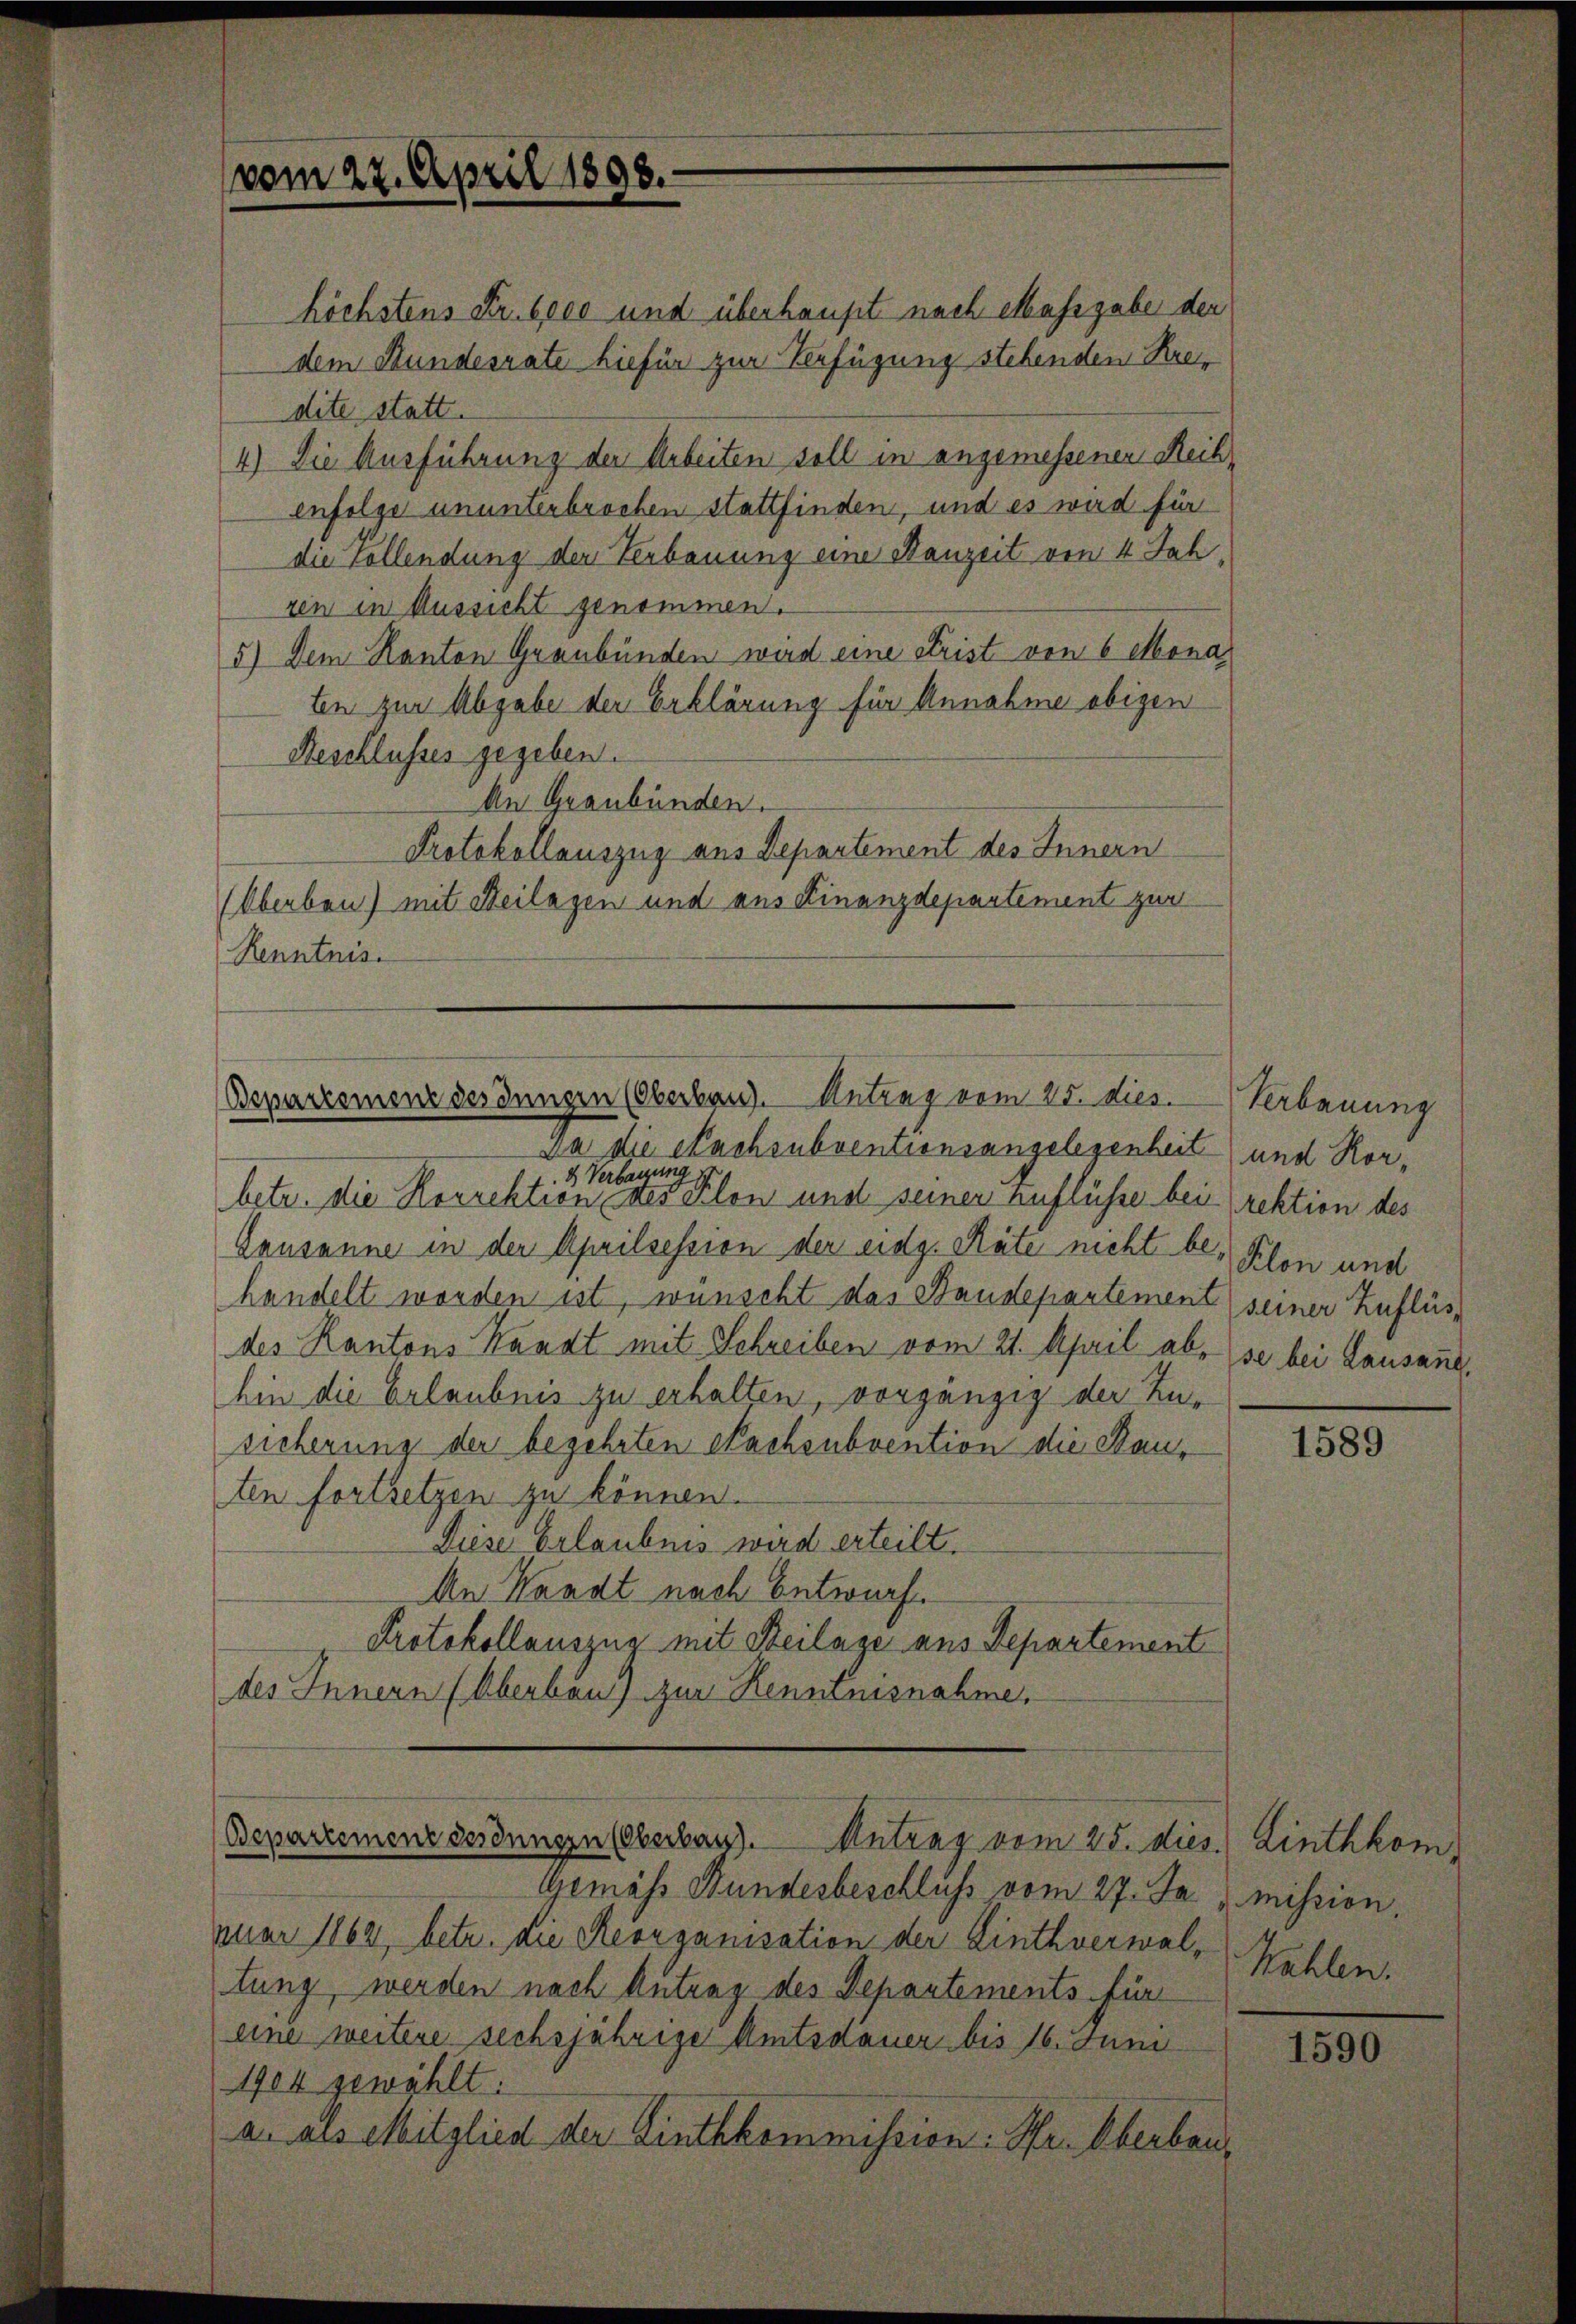
höchstens Fr. 6000 und überhaupt nach Massgabe der
dem Stundesrate hiefür zur Verfügung stehenden Kredite statt.
4) Die Ausführung der Arbeiten soll in angemessenen Reihenfolge ununterbrochen stattfinden, und es wird für
die Vollendung der Verbauung eine Bauzeit von 4 Jahren in Aussicht genommen.
5) Dem Kanton Graubünden wird eine Frist von 6 Mona
ten zur Abgabe der Erklärung für Annahme obigen
Reschlusses gegeben.
An Graubünden.
Protokollauszug aus Departement des Innern
(Oberben) mit Beilagen und aus Kinanzdepartement zur
Renntnis.

vom 22. April 1898.

Bepartement des Jungen (Oberbau. Antrag vom 15. dies

Da die Nachsubventionsangelegenheit
 & Verbauung
betr. die Korrektion des Klon und seiner Zuflüsse bei rektion des
Causanne in der Aprilsession der eidg. Räte nicht be- Klon und
handelt worden ist, wünscht das Staudepartement seiner Zuflüsdes Kantons Kandt mit Schreiben vom 21. April ab, se bei Lausant,
hin die Erlaubnis zu erhalten, vorgänzig der Zusicherung der begehrten Nachsubvention die Bauten fortsetzen zu können.
Diese Erlaubnis wird erteilt.
An Waadt nach Entwurf.
Protokollauszug mit Beilage aus Departement
des Innern (Überbaus zur Kenntnisnahme,

Bepartement desinnern (Oberbass). Antrag vom 25. dies.) Linthkom

Gemäss Bundesbeschluß vom 27. Ja mission.
puar 1862, betr. die Reorganisation der Linthverwal-Zahlen.
tung, werden nach Antrag des Departements für
eine weitere sechsjährige Amtsdauer bis 16. Juni
1904 gewählt.
a. als Mitglied der Linthkommission: Hr. Oberbau¬

Verbauung
und Ror,

1589

1590